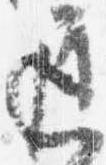
遅